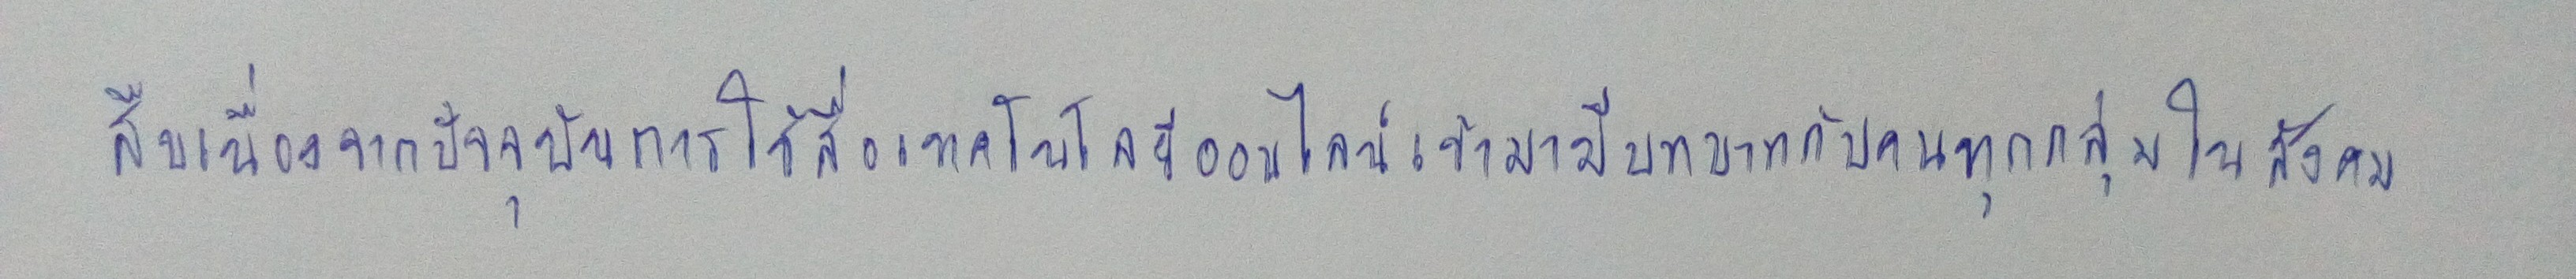
สืบเนื่องจากปัจจุบันการใช้สื่อเทคโนโลยีออนไลน์เข้ามามีบทบาทกับคนทุกกลุ่มในสังคม